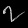
Digit: ၇